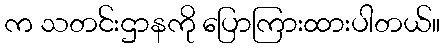
က သတင်းဌာနကို ပြောကြားထားပါတယ်။